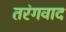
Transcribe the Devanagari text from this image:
तरंगवाद